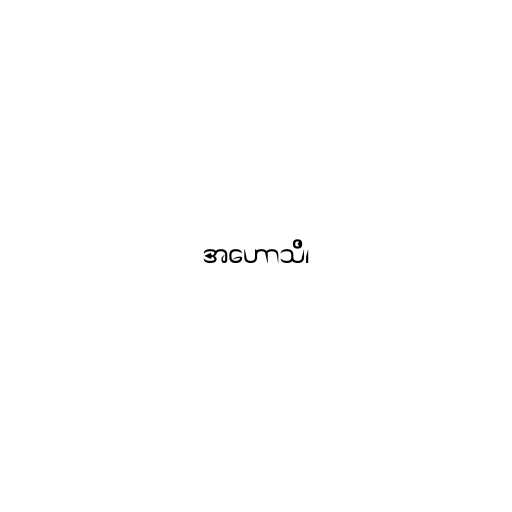
အဟောသိ၊